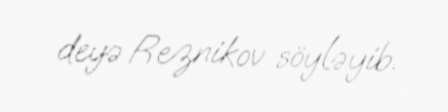
deyə Reznikov söyləyib.